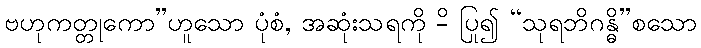
ဗဟုကတ္တုကော”ဟူသော ပုံစံ, အဆုံးသရကို -ိ ပြု၍ “သုရဘိဂန္ဓိ”စသော